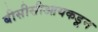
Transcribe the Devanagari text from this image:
बीसीसीआयकडून